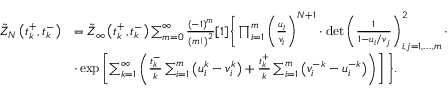
\begin{array} { r l } { \Tilde { Z } _ { N } \left( t _ { k } ^ { + } , t _ { k } ^ { - } \right) } & { = \Tilde { Z } _ { \infty } \left( t _ { k } ^ { + } , t _ { k } ^ { - } \right) \sum _ { m = 0 } ^ { \infty } \frac { ( - 1 ) ^ { m } } { \left( m ! \right) ^ { 2 } } [ 1 ] \Bigg \{ \prod _ { i = 1 } ^ { m } \left( \frac { u _ { i } } { v _ { i } } \right) ^ { N + 1 } \cdot \operatorname* { d e t } \left( \frac { 1 } { 1 - u _ { i } / v _ { j } } \right) _ { i , j = 1 , \dots , m } ^ { 2 } \cdot } \\ & { \cdot \exp \left[ \sum _ { k = 1 } ^ { \infty } \left( \frac { t _ { k } ^ { - } } { k } \sum _ { i = 1 } ^ { m } \left( u _ { i } ^ { k } - v _ { i } ^ { k } \right) + \frac { t _ { k } ^ { + } } { k } \sum _ { i = 1 } ^ { m } \left( v _ { i } ^ { - k } - u _ { i } ^ { - k } \right) \right) \right] \Bigg \} . } \end{array}